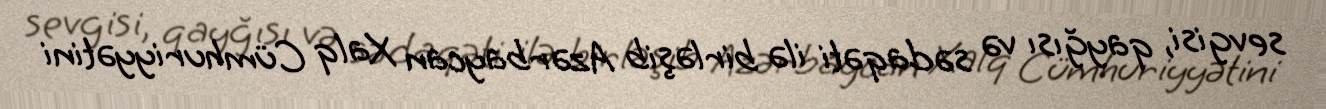
sevgisi, qayğısı və sədaqəti ilə birləşib Azərbaycan Xalq Cümhuriyyətini